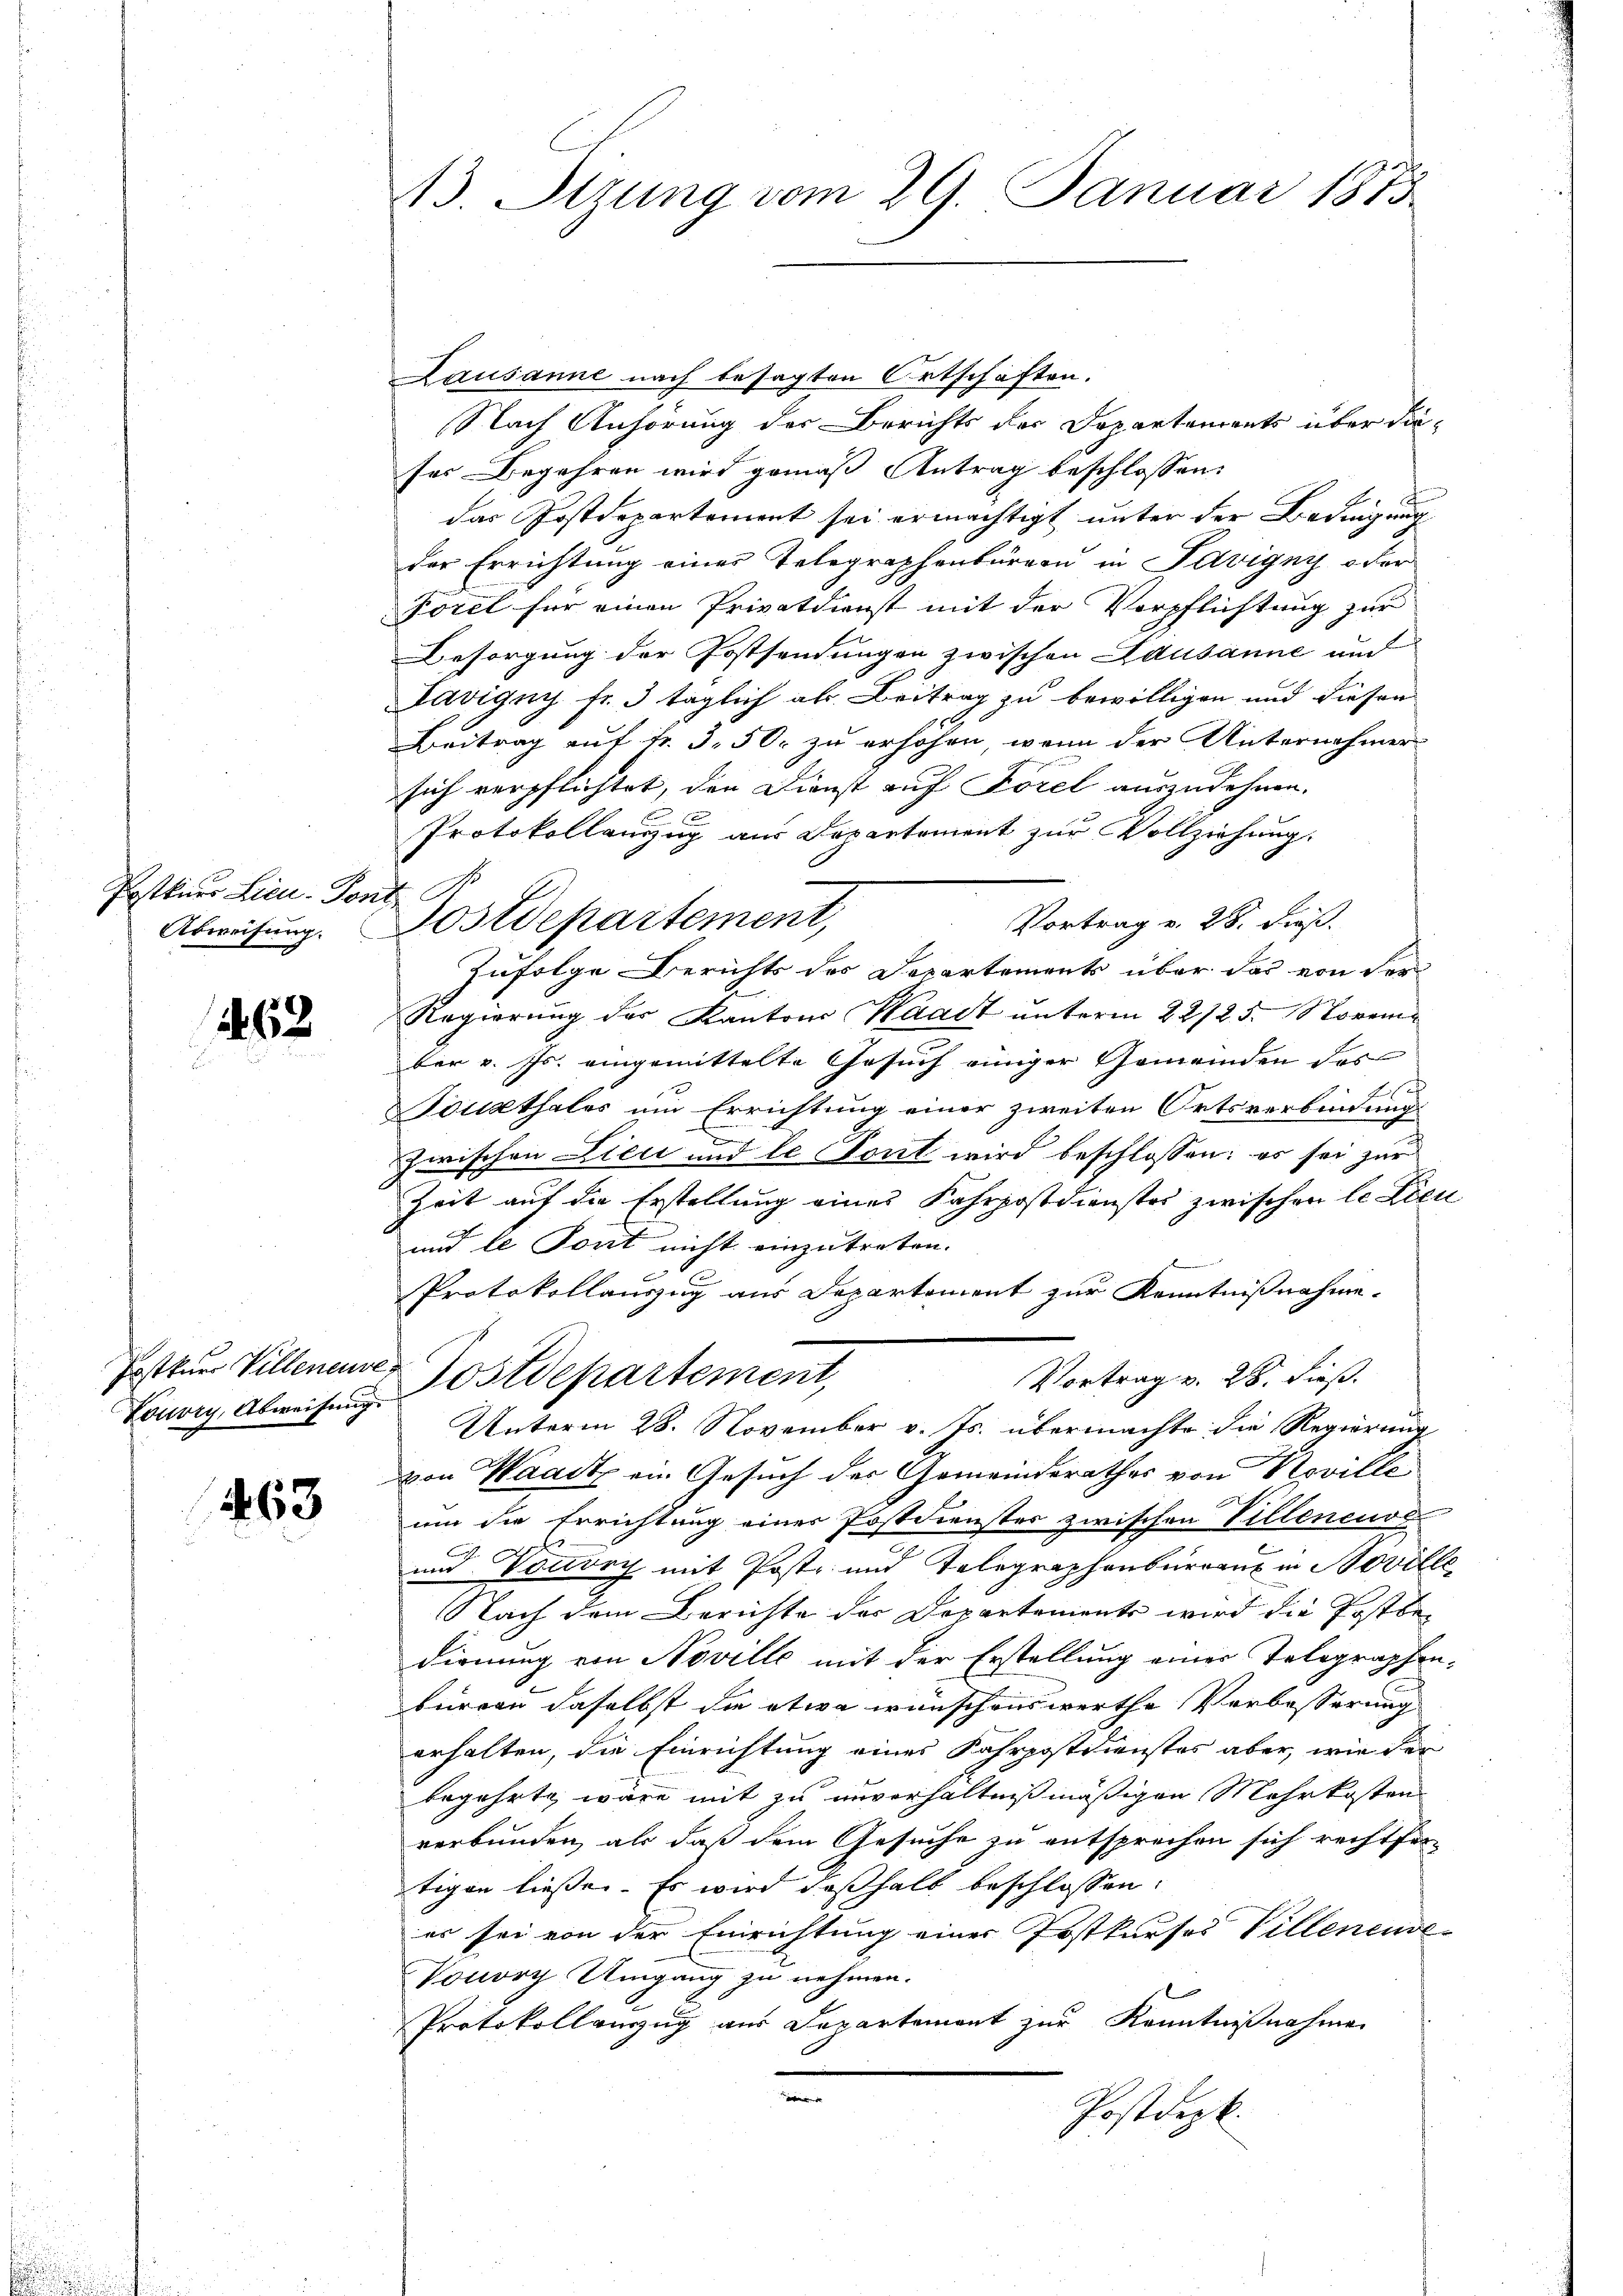
Postkurs Licu- Pont.
Abweisung.

68

Louvry, Abweisung.

163

13. Stzung vom 29. Januar 1873

Lausanne nach besagten Ortschaften.
Nach Anhörung der Berichts der Departements über dieses Begehren wird gemäß Antrag beschlossen:
F
E
das Postdepartement sei ermächtigt unter der Bedingung
der Errichtung eines Telegraphenbüreau in Savigny oder
Forel für einen Privatdienst mit der Verpflichtung zur
Besorgung der Postsendungen zwischen Adusanne and
Lavigny fr. 3 täglich als Beitrag zu bewilligen und diesen
Beitrag auf Fr. 5. 50. zu erhöhen, wenn der Unternehmersich verpflichtet, den Dienst auf Forel auszudehnen.

Protokollanzug aus Departement zur Vollziehung.
Vortrag v. 28. dieß.
Zufolge Berichts des Departements über das von der
Regierung der Kanton Waadt unterm 22/25. November v. Js. eingemittelte Gesuch einiger Gemeinden des
.
Kockthales um Errichtung einer zweiten Ortsverbindung
e
Zwischen Lieci und le Sont wird beschlossen: es sei zur
Zeit auf die Erstellung eines Fahrpostdienstes zwischen le Lieu
und le Tont nicht einzutreten.
Protokollauszug aus Departement zur Kenntnißnahme.
Postkur Villeneuer Postdepartement,
Vortrag v. 28. dieß.
Unterm 28. November v. Js. übermachte die Regierung
von Waadt ein Gesuch der Gemeinderathes von Novelle
um die Errichtung einer Postdienster zwischen Villeneuve
und Vouvry mit Post- und Telegraphenbureaux in Noville
Nach dem Berichte der Departemente wird die Postbedienung von Noville mit der Erstellung einer Telegraphenburren daselbst die etwa wünschenswerthe Verbesserung
erhalten, die Einrichtung eines Fahrpostdienstes aber, wie der
begehrte wäre mit zu unverhältnißmäßigen Mehrkosten
verbunden, als daß dem Gesuche zu entsprechen sich rechtfertigen ließe. Es wird deßhalb beschlossen:
es sei von der Einrichtung einer Postkurses Villeneuve-
Vouvry Umgang zu nehmen.
Protokollanzug aus Departement zur Kenntnißnahme
e
Postdepk.
s

Postdepartement,